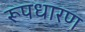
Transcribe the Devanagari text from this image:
रूपधारण